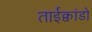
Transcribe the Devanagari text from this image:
ताईक्वांडो